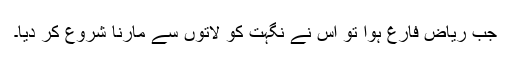
جب ریاض فارغ ہوا تو اس نے نگہت کو لاتوں سے مارنا شروع کر دیا۔